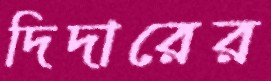
দিদারের